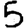
Digit: 5